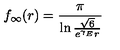
f _ { \infty } ( r ) = \frac { \pi } { \ln \frac { \sqrt { 6 } } { e ^ { \gamma _ { E } } r } }